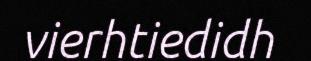
vierhtiedidh